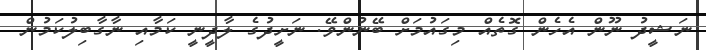
ނަޝީދު ނޫން އެހެން ގޮތެއް މިގައުމަށް ބޭނުންވޭ. ނަށީދުގެ ލާދީނީ ކަމާއި ނާގާބިލުކަމުން